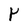
Character: r